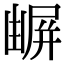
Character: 𡳧